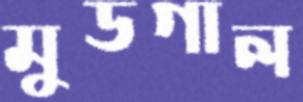
মুডগাল